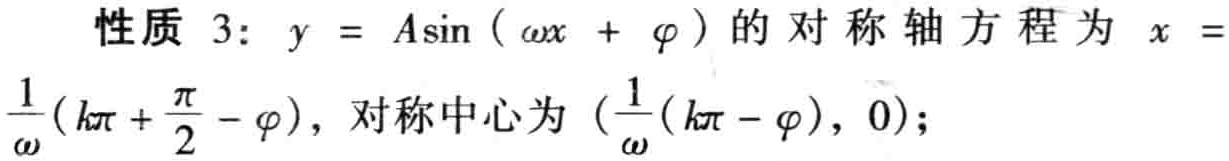
性质 3：$y = A\sin(\omega x + \varphi)$ 的对称轴方程为 $x = \frac{1}{\omega}(k\pi + \frac{\pi}{2} - \varphi)$，对称中心为 $(\frac{1}{\omega}(k\pi - \varphi), 0)$；